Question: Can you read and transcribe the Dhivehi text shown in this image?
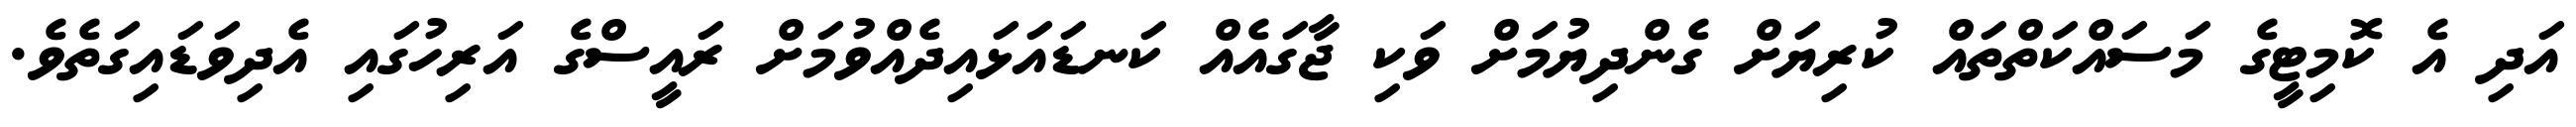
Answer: އަދި އެ ކޮމިޓީގެ މަސައްކަތްތައް ކުރިޔަށް ގެންދިޔުމަށް ވަކި ޖާގައެއް ކަނޑައަޅައިދެއްވުމަށް ރައީސްގެ އަރިހުގައި އެދިވަޑައިގަތެވެ.